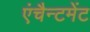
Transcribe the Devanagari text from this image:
एंचैन्टमेंट